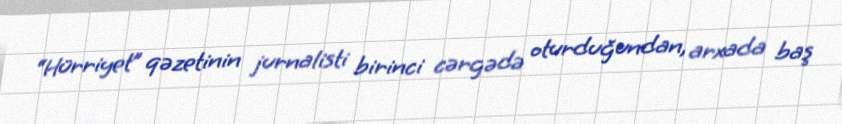
“Hürriyet” qəzetinin jurnalisti birinci cərgədə oturduğundan, arxada baş